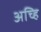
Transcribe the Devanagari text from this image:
अच्हि